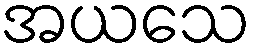
အယသေ